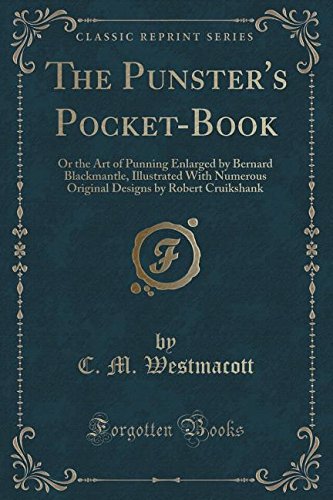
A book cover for The Punster's Pocket-Book: Or the Art of Punning Enlarged by Bernard Blackmantle, Illustrated With Numerous Original Designs by Robert Cruikshank (Classic Reprint); C. M. Westmacott; Humor & Entertainment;